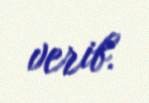
verib.